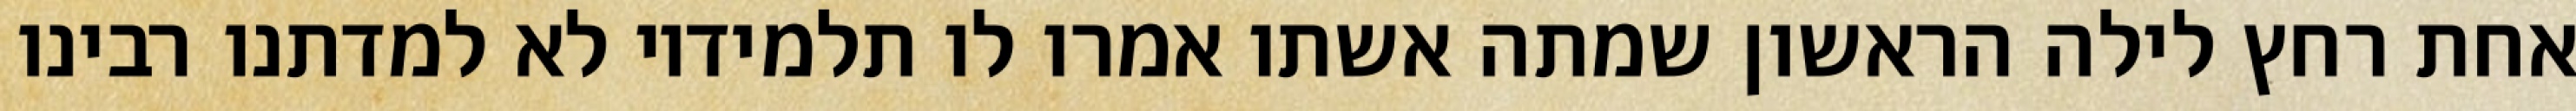
אחת רחץ לילה הראשון שמתה אשתו אמרו לו תלמידיו לא למדתנו רבינו